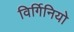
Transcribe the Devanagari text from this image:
विर्गिनियो